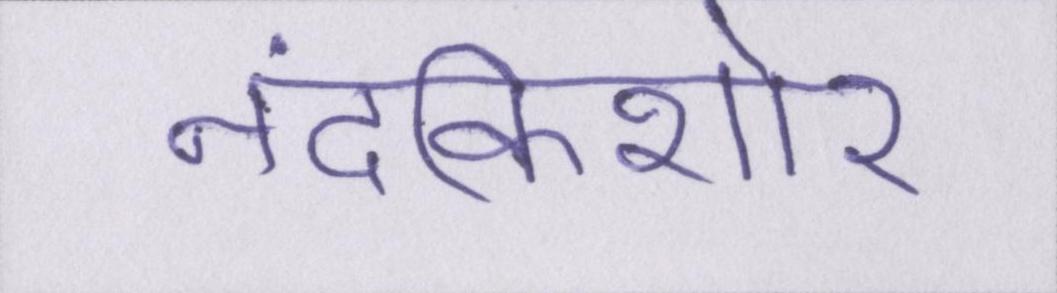
नंदकिशोर